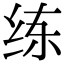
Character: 练